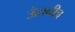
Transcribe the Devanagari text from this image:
ऊंचनीच